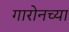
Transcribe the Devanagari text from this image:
गारोनच्या